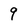
Character: 9